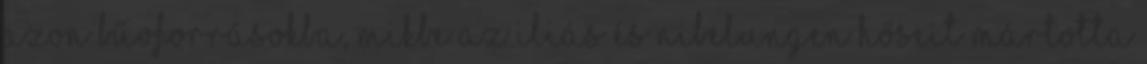
azon bűvforrásokba, mikbe az Iliás és Nibelungen hőseit mártotta